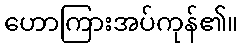
ဟောကြားအပ်ကုန်၏။